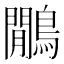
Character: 鷳